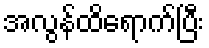
အလွန်ထိရောက်ပြီး